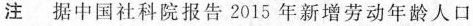
注 据中国社科院报告2015年新增劳动年龄人口